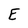
Character: E